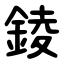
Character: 錂